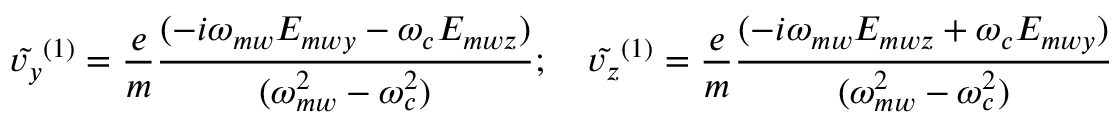
\tilde { v _ { y } } ^ { ( 1 ) } = \frac { e } { m } \frac { ( - i \omega _ { m w } E _ { m w y } - \omega _ { c } E _ { m w z } ) } { ( \omega _ { m w } ^ { 2 } - \omega _ { c } ^ { 2 } ) } ; \quad \tilde { v _ { z } } ^ { ( 1 ) } = \frac { e } { m } \frac { ( - i \omega _ { m w } E _ { m w z } + \omega _ { c } E _ { m w y } ) } { ( \omega _ { m w } ^ { 2 } - \omega _ { c } ^ { 2 } ) }